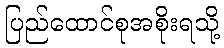
ပြည်ထောင်စုအစိုးရသို့